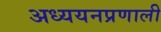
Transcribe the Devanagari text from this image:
अध्ययनप्रणाली